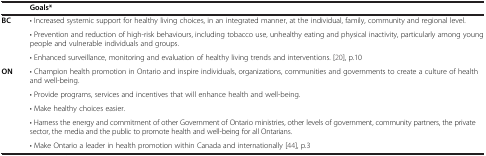
|  | Goals* |
 | --- | --- |
 | <ROWSPAN=3> BC | • Increased systemic support for healthy living choices, in an integrated manner, at the individual, family, community and regional level. |
 | • Prevention and reduction of high-risk behaviours, including tobacco use, unhealthy eating and physical inactivity, particularly among young people and vulnerable individuals and groups. |
 | • Enhanced surveillance, monitoring and evaluation of healthy living trends and interventions. [20], p.10 |
 | <ROWSPAN=5> ON | • Champion health promotion in Ontario and inspire individuals, organizations, communities and governments to create a culture of health and well-being. |
 | • Provide programs, services and incentives that will enhance health and well-being. |
 | • Make healthy choices easier. |
 | • Harness the energy and commitment of other Government of Ontario ministries, other levels of government, community partners, the private sector, the media and the public to promote health and well-being for all Ontarians. |
 | • Make Ontario a leader in health promotion within Canada and internationally [44], p.3 |